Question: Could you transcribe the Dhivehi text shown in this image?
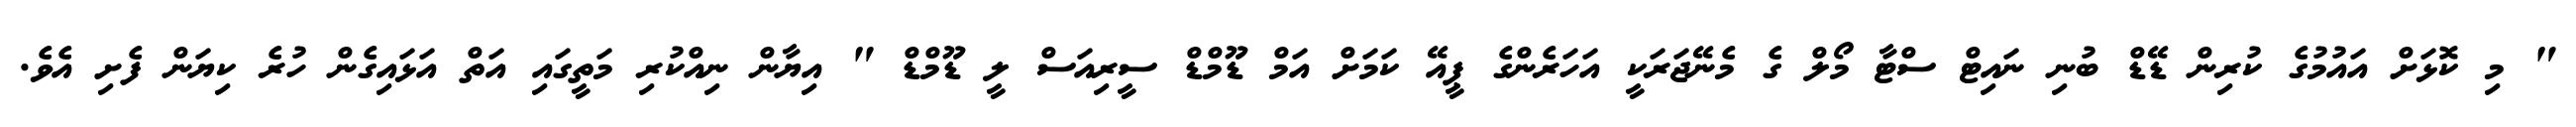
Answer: " މި ކޮޅަށް އައުމުގެ ކުރިން ޑޭޑް ބުނި ނައިޓް ސްޓާ މޯލް ގެ މެނޭޖަރަކީ އަހަރެންގެ ޕީއޭ ކަމަށް އަމް ޑޫމްޑް ސީރިއަސް ލީ ޑޫމްޑް " އިޔާން ނިއްކުރި މަތީގައި އަތް އަޅައިގެން ހުރެ ކިޔަން ފެށި އެވެ.